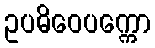
ဥပဓိဝေပက္ကော